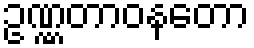
ဥဏ္ဏတာဝနတော